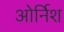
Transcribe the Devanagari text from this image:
ओर्निश